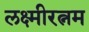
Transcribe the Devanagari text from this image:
लक्ष्मीरत्नम